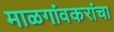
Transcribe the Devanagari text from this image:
माळगांवकरांचा